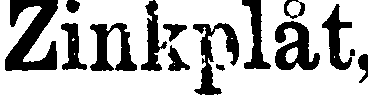
Zinkplåt,